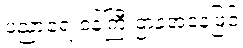
ပညာရေးဝန်ကြီးဌာနအနေဖြင့်